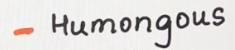
- Humongous